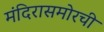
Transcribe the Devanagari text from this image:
मंदिरासमोरची